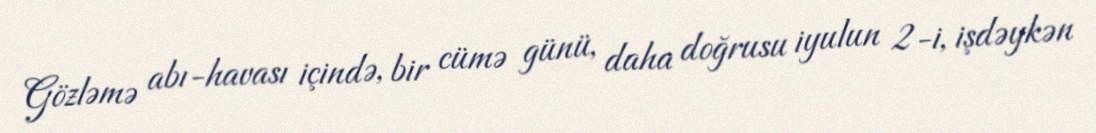
Gözləmə abı-havası içində, bir cümə günü, daha doğrusu iyulun 2-i, işdəykən